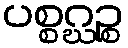
ပစ္စဂ္ဃဉ္စ